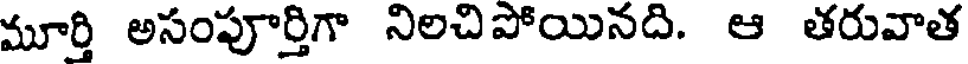
మూర్తి అసంపూర్తిగా నిలచిపోయినది. ఆ తరువాత